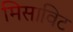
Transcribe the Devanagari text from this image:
मिसाविट